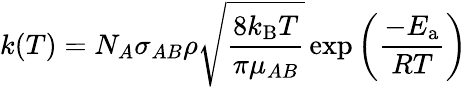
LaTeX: k(T)=N_{A}\sigma_{AB}\rho{\sqrt{\frac{8k_{\mathrm{B}}T}{\pi\mu_{AB}}}}\exp\left({\frac{-E_{\mathrm{a}}}{RT}}\right)